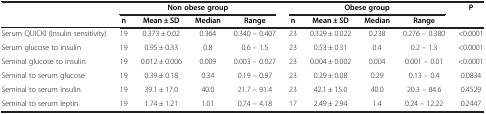
<table><thead><tr><td><b> </b></td><td colspan="4"><b>Non obese group</b></td><td colspan="4"><b>Obese group</b></td><td><b>P</b></td></tr><tr><td><b> </b></td><td><b>n</b></td><td><b>Mean ± SD</b></td><td><b>Median</b></td><td><b>Range</b></td><td><b>n</b></td><td><b>Mean ± SD</b></td><td><b>Median</b></td><td><b>Range</b></td><td><b> </b></td></tr></thead><tbody><tr><td>Serum QUICKI (Insulin sensitivity)</td><td>19</td><td>0.373 ± 0.02</td><td>0.364</td><td>0.340 – 0.407</td><td>23</td><td>0.329 ± 0.022</td><td>0.238</td><td>0.276 – 0.380</td><td>&lt;0.0001</td></tr><tr><td>Serum glucose to insulin</td><td>19</td><td>0.95 ± 0.33</td><td>0.8</td><td>0.6 – 1.5</td><td>23</td><td>0.53 ± 0.31</td><td>0.4</td><td>0.2 – 1.3</td><td>&lt;0.0001</td></tr><tr><td>Seminal glucose to insulin</td><td>19</td><td>0.012 ± 0.006</td><td>0.009</td><td>0.003 – 0.027</td><td>23</td><td>0.004 ± 0.002</td><td>0.004</td><td>0.001 – 0.01</td><td>&lt;0.0001</td></tr><tr><td>Seminal to serum glucose</td><td>19</td><td>0.39 ± 0.18</td><td>0.34</td><td>0.19 – 0.97</td><td>23</td><td>0.29 ± 0.08</td><td>0.29</td><td>0.13 – 0.4</td><td>0.0834</td></tr><tr><td>Seminal to serum insulin</td><td>19</td><td>39.1 ± 17.0</td><td>40.0</td><td>21.7 – 91.4</td><td>23</td><td>42.1 ± 15.0</td><td>40.0</td><td>20.3 – 84.6</td><td>0.4529</td></tr><tr><td>Seminal to serum leptin</td><td>19</td><td>1.74 ± 1.21</td><td>1.01</td><td>0.74 – 4.18</td><td>17</td><td>2.49 ± 2.94</td><td>1.4</td><td>0.24 – 12.22</td><td>0.2447</td></tr></tbody></table>